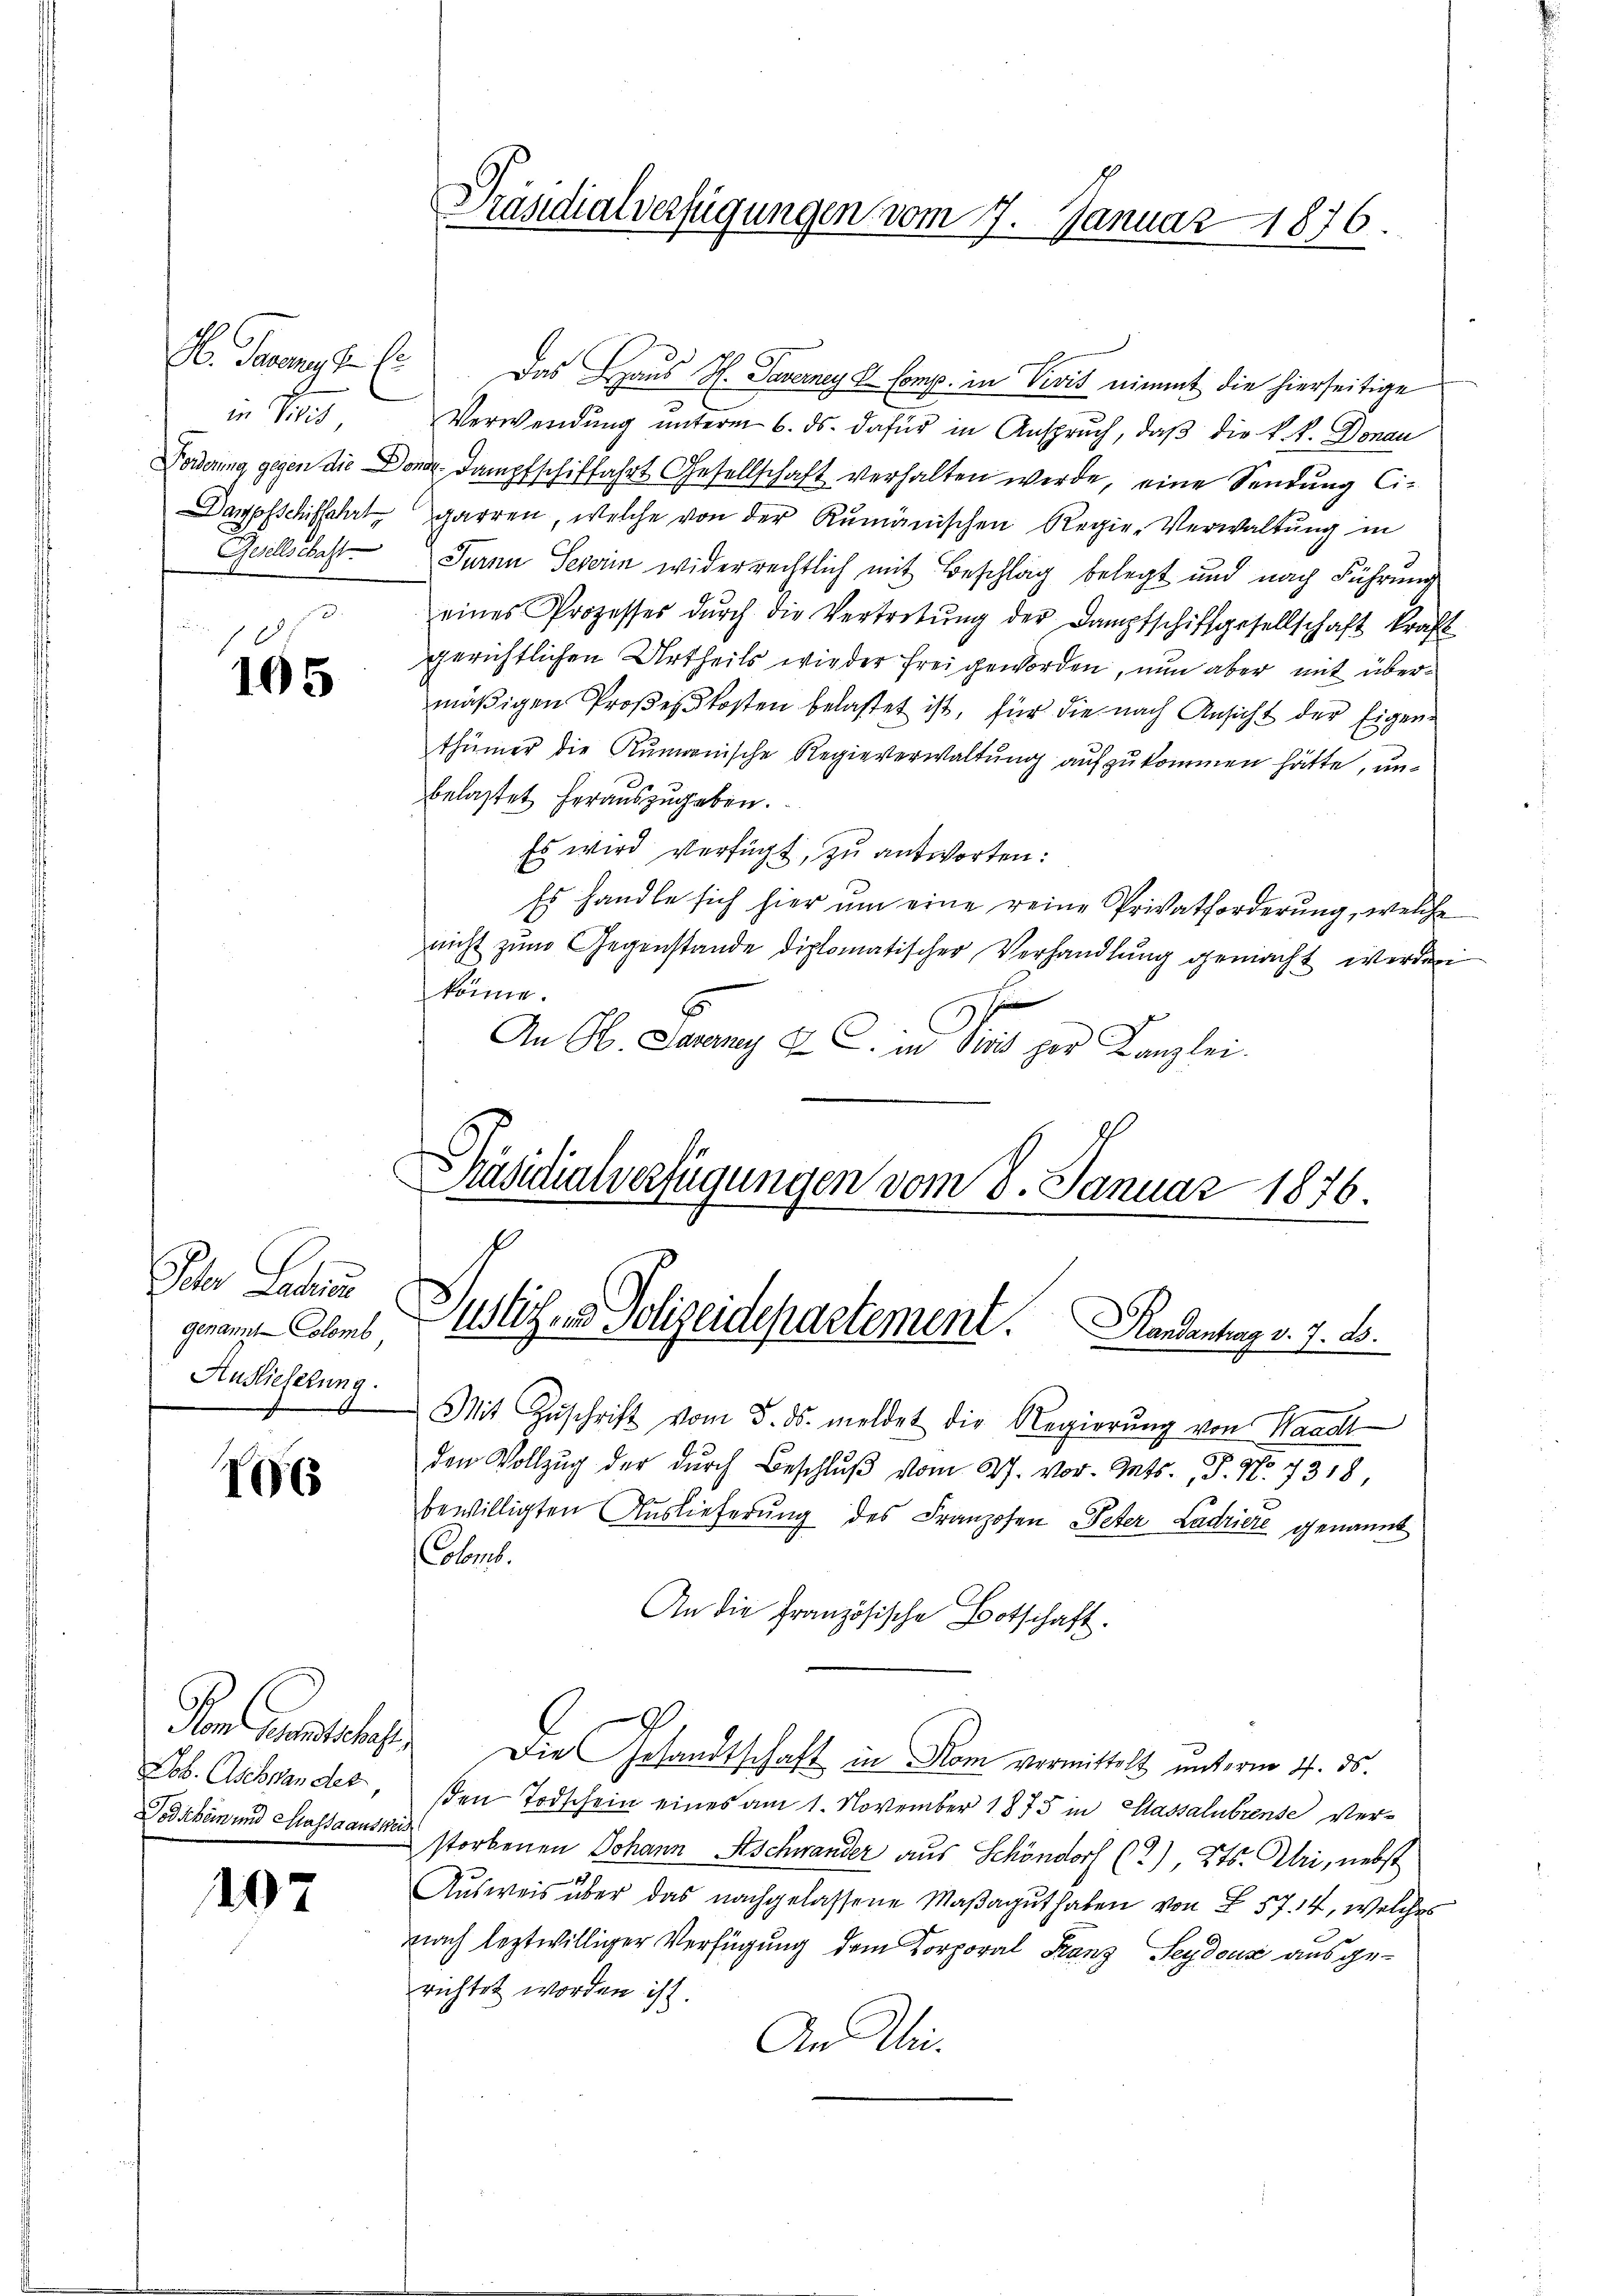
M. Paren f. Er
in Vilis,
2

105

Pater Latein
genant Colomb,
Auslieferung.

16

Lob. Aschwander,

107

Das Haus H. Taverney V. Comp. in Vivis nimmt die hierseitige
Verwendung unterm 6. ds. dafür in Anspruch, daß die k. k. Donau
Forderung gegen die Dona. Dampfschiffahrt Gesellschaft verhalten werde, eine Sendung Ci¬
Dampfschiffahrt garren, welche von der Rumänischen Regie-Verwaltung in
Gesellschaft Paren Severin widerrechtlich mit Beschlag belegt und nach Führung
eines Prozesses dŭrch die Vertretŭng der Dampfschiffgesellschaft kraft
gerichtlichen Urtheils wieder freigeworden, nun aber mit übermäßigen Proßeßkosten belastet ist, für die nach Ansicht der Eigenthümer die Rumänische Regieverwaltung aufzukommen hätte, unbelastet herauszugeben.
Es wird verfügt, zu antworten:
Es handle sich hier ŭm eine reine Privatforderung, welche
nicht zum Gegenstande diplomatischer Verhandlung gemacht werden
könne.
An M. Darany u. C. in die per Kanzlei.

Präsidialverfügungen vom 7. Januar 1876.

Päsidialverfügungen vom 8. Januar 1876.
Justiz- & Polizeidepartement. Handantrag v. 7. ds.

Mit Zŭschrift vom 5. ds. meldet die Regierŭng von Waadt
den Vollzug der dŭrch Beschlŭβ vom 27. vor. Mts., S. No. 7318
bewilligten Auslieferung des Franzosen Peter Ladriere genannt
Colent.
An die Französische Botschaft.
Vom Buches Die Gesandtschaft in Rom vormittelt unterm 4. ds.
sen Todschein eines am 1. November 1875 in Cassalubrente Ver¬
Posiben und Massa aus erstorbenen Johann Aschwander aus Schöndorf (2), 2t. Uri, nebst
Ausweis über das nachgelassene Maßagut haben von § 57. 14, welches
nach leztwilliger Verfügung dem Korporal Franz Seydeux ausgerichtet worden ist.
An Wie¬